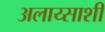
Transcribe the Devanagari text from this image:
अलाय्साशी